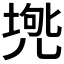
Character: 𠒟